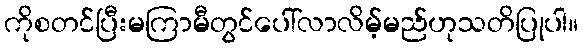
ကိုစတင်ပြီးမကြာမီတွင်ပေါ်လာလိမ့်မည်ဟုသတိပြုပါ။